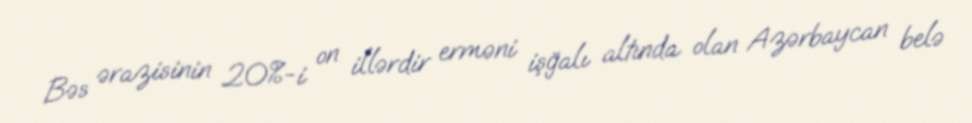
Bəs ərazisinin 20%-i on illərdir erməni işğalı altında olan Azərbaycan belə